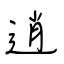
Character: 逍